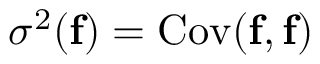
\sigma ^ { 2 } ( \mathbf { f } ) = \mathrm { C o v } ( \mathbf { f } , \mathbf { f } )